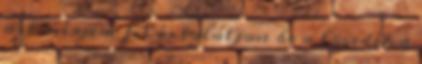
azt mérjem fel és találjon be a lövedék a